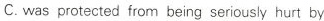
C. was protected from being seriously hurt by